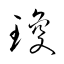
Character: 瓊